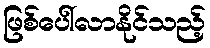
ဖြစ်ပေါ်လာနိုင်သည့်